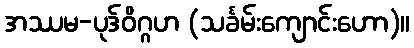
အဿမ-ပုဒ်ဝိဂ္ဂဟ (သင်္ခမ်းကျောင်းဟော)။